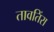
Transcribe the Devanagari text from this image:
तावतिंरा